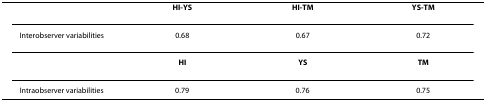
|  | HI-YS | HI-TM | YS-TM |
 | --- | --- | --- | --- |
 | Interobserver variabilities | 0.68 | 0.67 | 0.72 |
 |  | HI | YS | TM |
 | Intraobserver variabilities | 0.79 | 0.76 | 0.75 |